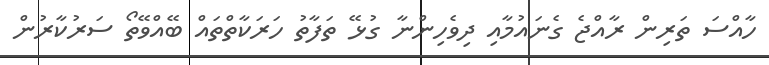
ހާއްސަ ތަރިން ރާއްޖެ ގެނައުމާއި ދިވެހިންނާ ގުޅޭ ތަފާތު ހަރަކާތްތައް ބޭއްވޭތޯ ސަރުކާރުން